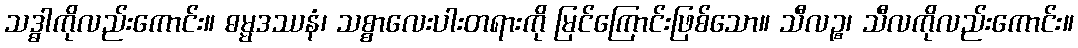
သဒ္ဓါကိုလည်းကောင်း။ ဓမ္မဒဿနံ၊ သစ္စာလေးပါးတရားကို မြင်ကြောင်းဖြစ်သော။ သီလဉ္စ၊ သီလကိုလည်းကောင်း။